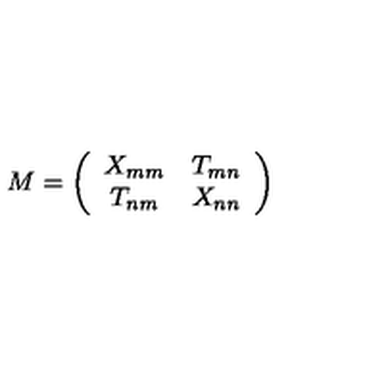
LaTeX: M = \left( \begin{array} { c c } { X _ { m m } } & { T _ { m n } } \\ { T _ { n m } } & { X _ { n n } } \\ \end{array} \right)